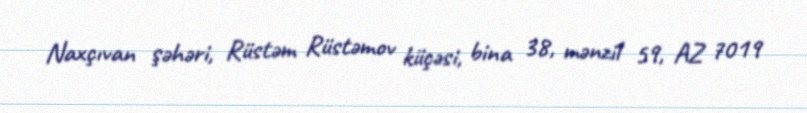
Naxçıvan şəhəri, Rüstəm Rüstəmov küçəsi, bina 38, mənzil 59, AZ 7019